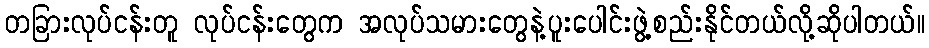
တခြားလုပ်ငန်းတူ လုပ်ငန်းတွေက အလုပ်သမားတွေနဲ့ပူးပေါင်းဖွဲ့စည်းနိုင်တယ်လို့ဆိုပါတယ်။